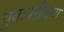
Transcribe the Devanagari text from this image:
पुनःपरीक्षण